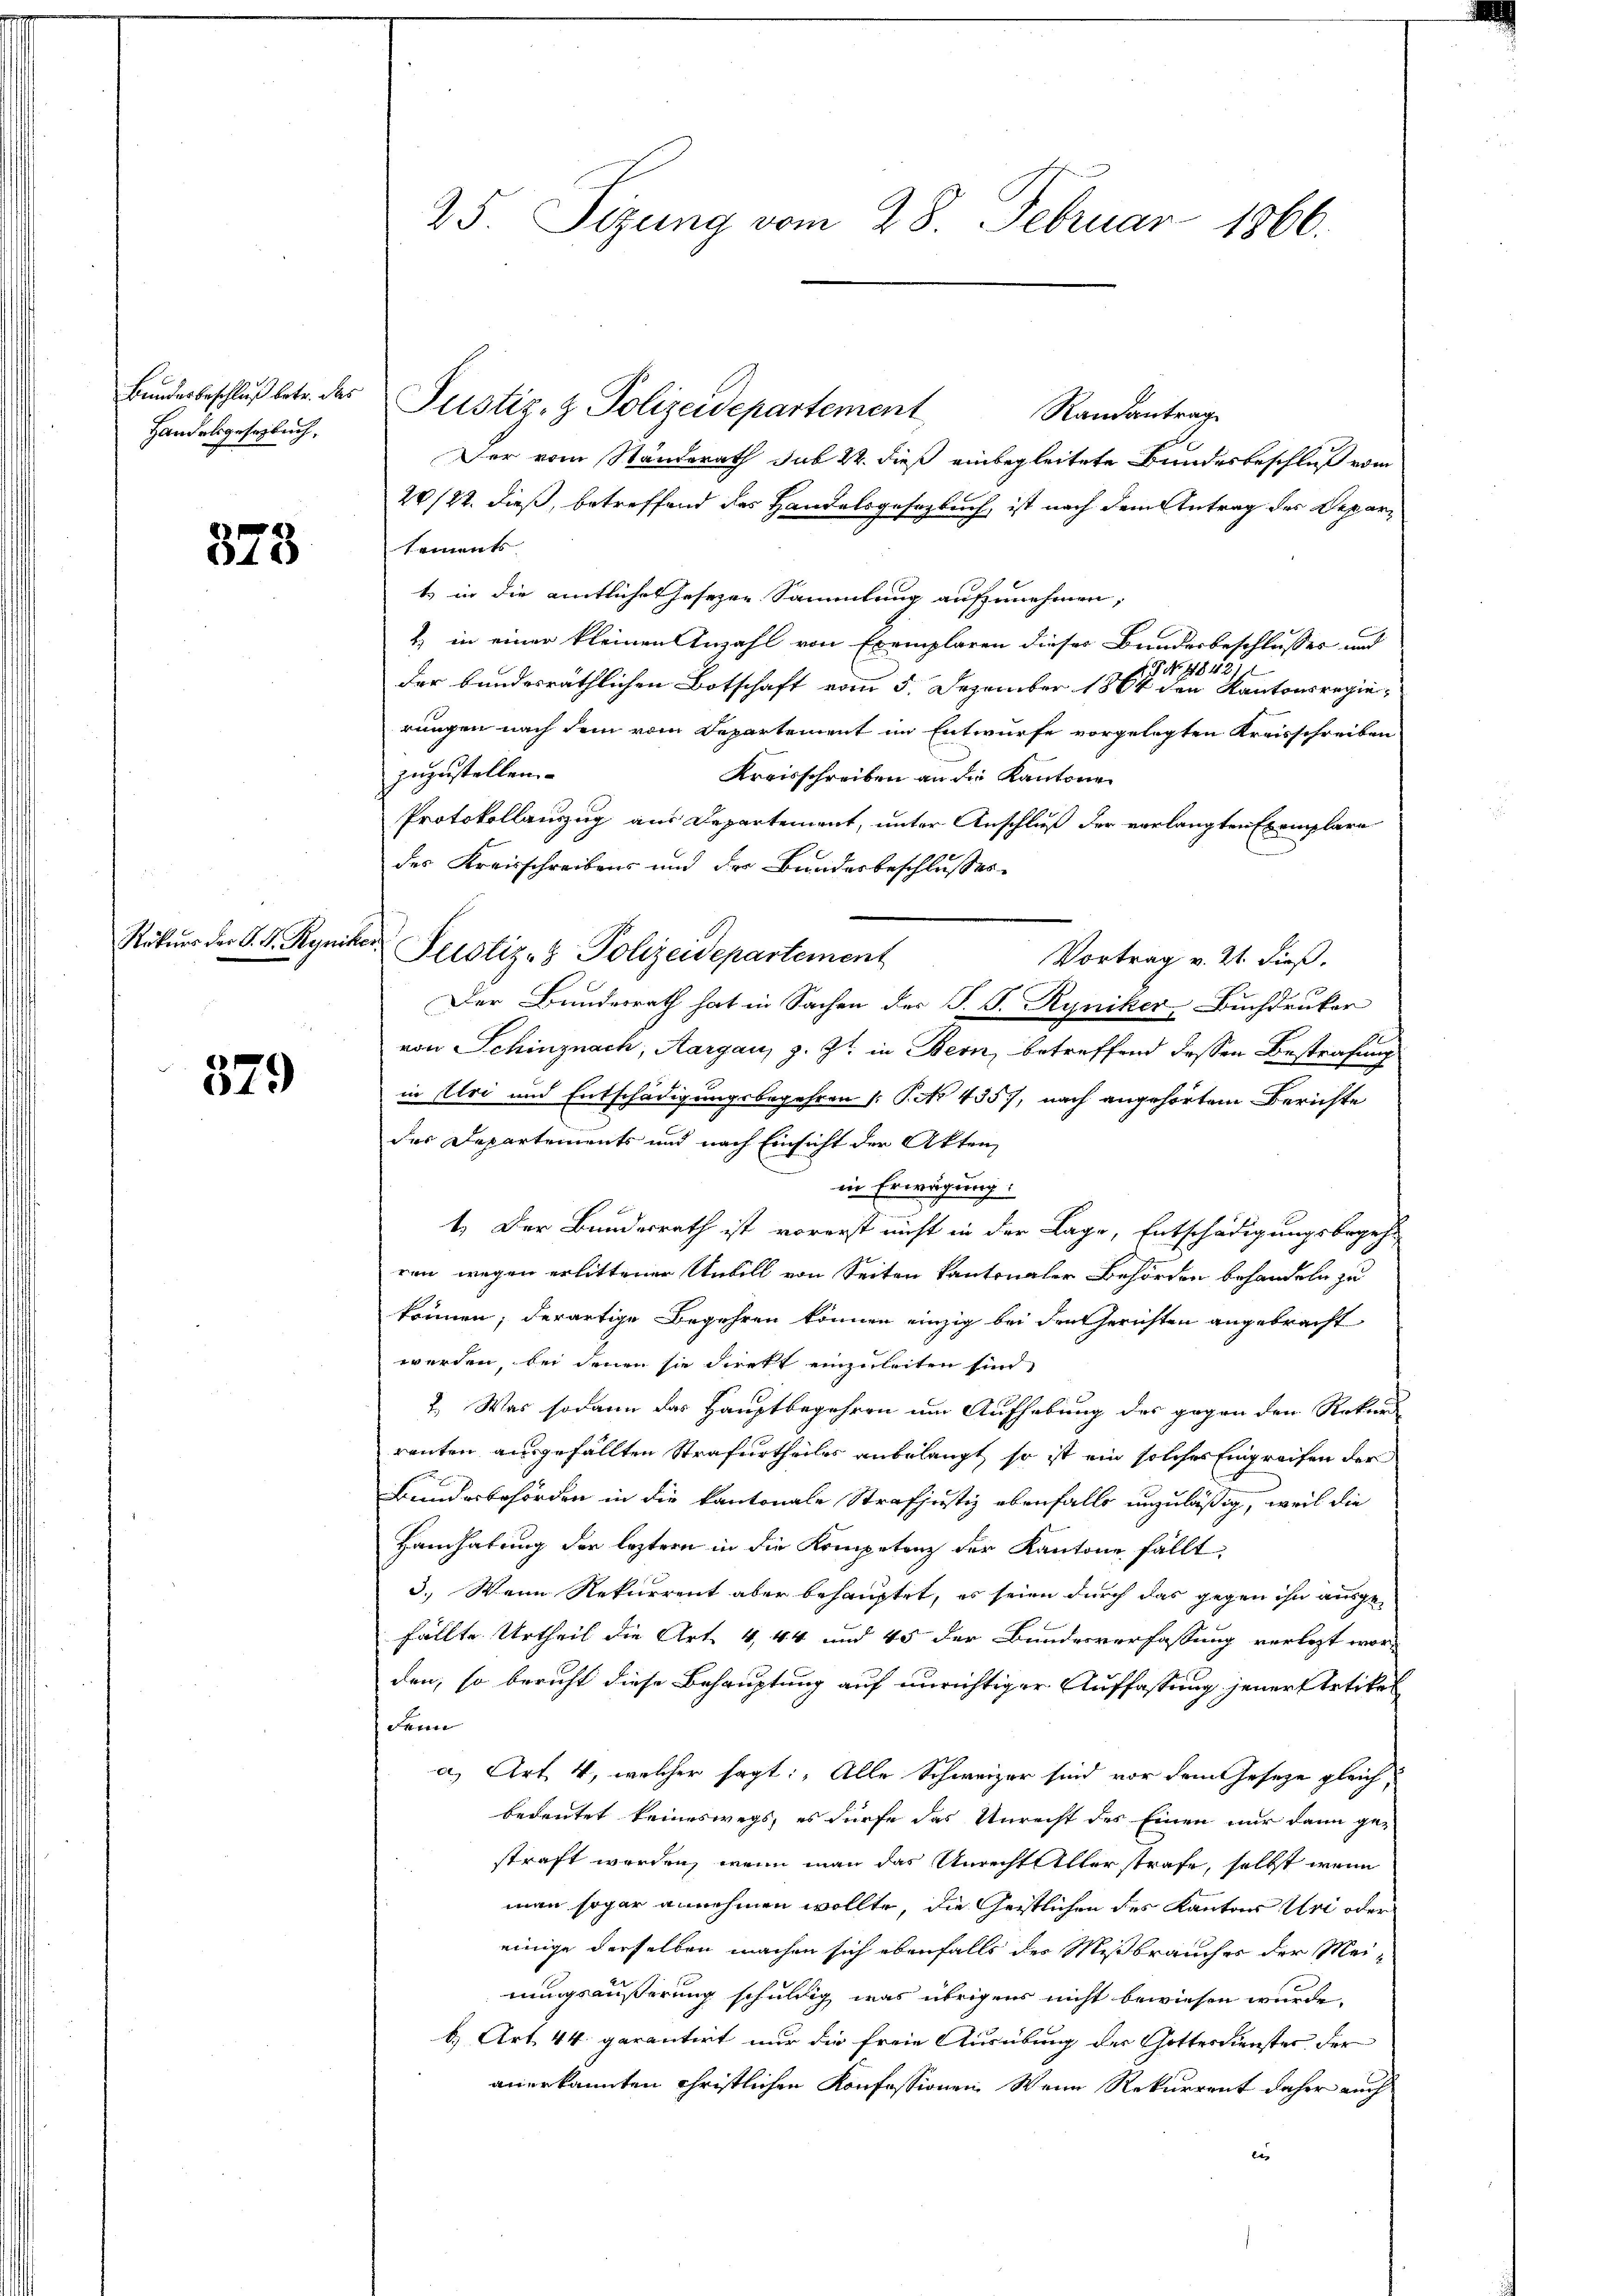
Handelsgesetzbuch,

873

Rekurs der S. R. Ryniker

379

Bundesbeschlŭβ betr. der Justiz- & Polizeidepartement
Randantrag
Der vom Standerath sub 22. dieß einbegleitete Bundesbeschluß vom
20/22. dieß, betreffend des Handelsgesetzbuch, ist nach dem Antrag des Depar¬
Saments
t in die amtliches hesezen Sammlung aufzunehmen,
2) in einer kleinen Anzahl von Exemplaren dieses Bundesbeschlusses und
6. No. 11842/
der bundesräthlichen Botschaft vom 5. Dezember 1864 den Kantonsregierungen nach dem vom Departement im Entwurfe vorgelegten Kreisschreiben
zuzustellen.
Kreisschreiben an die Kantone
Protokollauszug aus Departement, unter Anschluß der verlangten Exemplare
des Kreisschreibens und der Bundesbeschlusses
Justiz- & Polizeidepartement
Vortrag v. 21. dieß.
Der Bundesrath hat in Sachen der S. S. Ryniker Buchdruker
von Schinznach, Aargau, z. Zt. in Bern, betreffend dessen Bestrafung
in Uri und Entschädigungsbegehren /: P. No 435, nach angehörtem Berichte
des Departements und nach Einsicht der Akten,
in Erwägung:
1. Der Bundesrath ist vorerst nicht in der Lage, Entschädigungsbegeh-
ren wegen erlittener Unbill von Seiten kantonaler Behörden behandeln zu
können; derartige Begehren können einzig bei den Gerichten angebracht
werden, bei denen sie direkt einzuleiten sind,
2.) Was sodann das Hauptbegehren um Aufhebung des gegen den Rekurs
ranten ausgefällten Strafurtheiles anbelangt, so ist ein solches Eingreifen der
Bundesbehörden in die kantonale Strafjustiz ebenfalls unzuläßig, weil die
Handhabung der leztere in die Kompetenz der Kantone fällt,
3.) Wenn Rekurrent aber behauptet, es seien durch das gegen ihn ausge-
f
fällte Urtheil die Art. 4, 44 und 45 der Bundesverfassung verletzt worden, so bericht diese Behauptung auf unrichtiger Auffassung jener Artikel
denn
a) Art. 4, welcher sagt: „Alle Schweizer sind vor dem eseze gleich,
bedeutet keineswegs, es dürfe das Unrecht des Einen nur dann ge-
straft werden, wenn man das Unrecht Aller strafe, selbst wenn
man sogar annehmen wollte, die Geistlichen des Kantons Uri oder
einige derselben machen sich ebenfalls der Mißbraucher der Meinungsäußerung schuldig was übrigens nicht bewiesen wurde.
b) Art. 44. garantirt nur die freie Ausübung der Gottesdienster der
anerkannten christlichen Konfessionen Wenn Rekurrent daher auch
e

25. Sizung vom 28. Februar 1866.